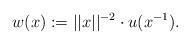
\begin{align*}w (x):=||x||^{-2}\cdot u (x^{-1}).\end{align*}